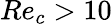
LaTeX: Re_{c}>10